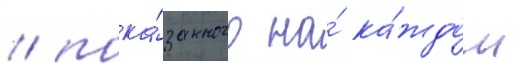
/ пока́занного на́ ка́ждом